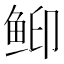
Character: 䲟